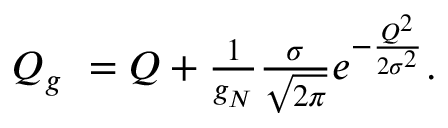
\begin{array} { r } { Q _ { g } \ = Q + \frac { 1 } { g _ { N } } \frac { \sigma } { \sqrt { 2 \pi } } e ^ { - \frac { Q ^ { 2 } } { 2 \sigma ^ { 2 } } } . } \end{array}